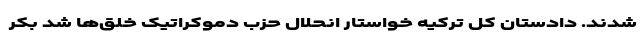
شدند. دادستان کل ترکیه خواستار انحلال حزب دموکراتیک خلق‌ها شد بکر